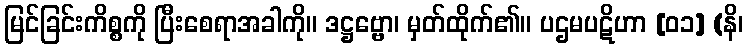
မြင်ခြင်းကိစ္စကို ပြီးစေရာအခါကို။ ဒဋ္ဌဗ္ဗော၊ မှတ်ထိုက်၏။ ပဌမပဋိဟာ [၀၁] (နိ၊